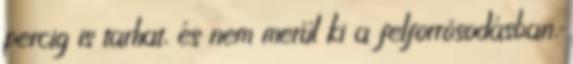
percig is tarhat, és nem merül ki a felforrósodásban,